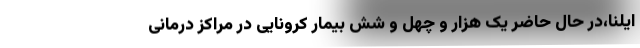
ایلنا،در حال حاضر یک هزار و چهل و شش بیمار کرونایی در مراکز درمانی